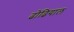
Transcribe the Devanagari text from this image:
ढोंढियाल